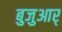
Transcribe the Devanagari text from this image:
बुजुआर्